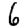
Digit: 6